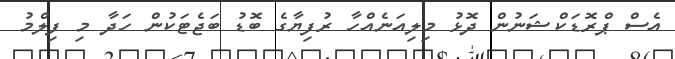
އެސް ޕްރޮޑަކްޝަނުން ދޮޅު މިލިއަނެއްހާ ރުފިޔާގެ ބޮޑު ބަޖެޓަކުން ހަދާ މި ފިލްމު